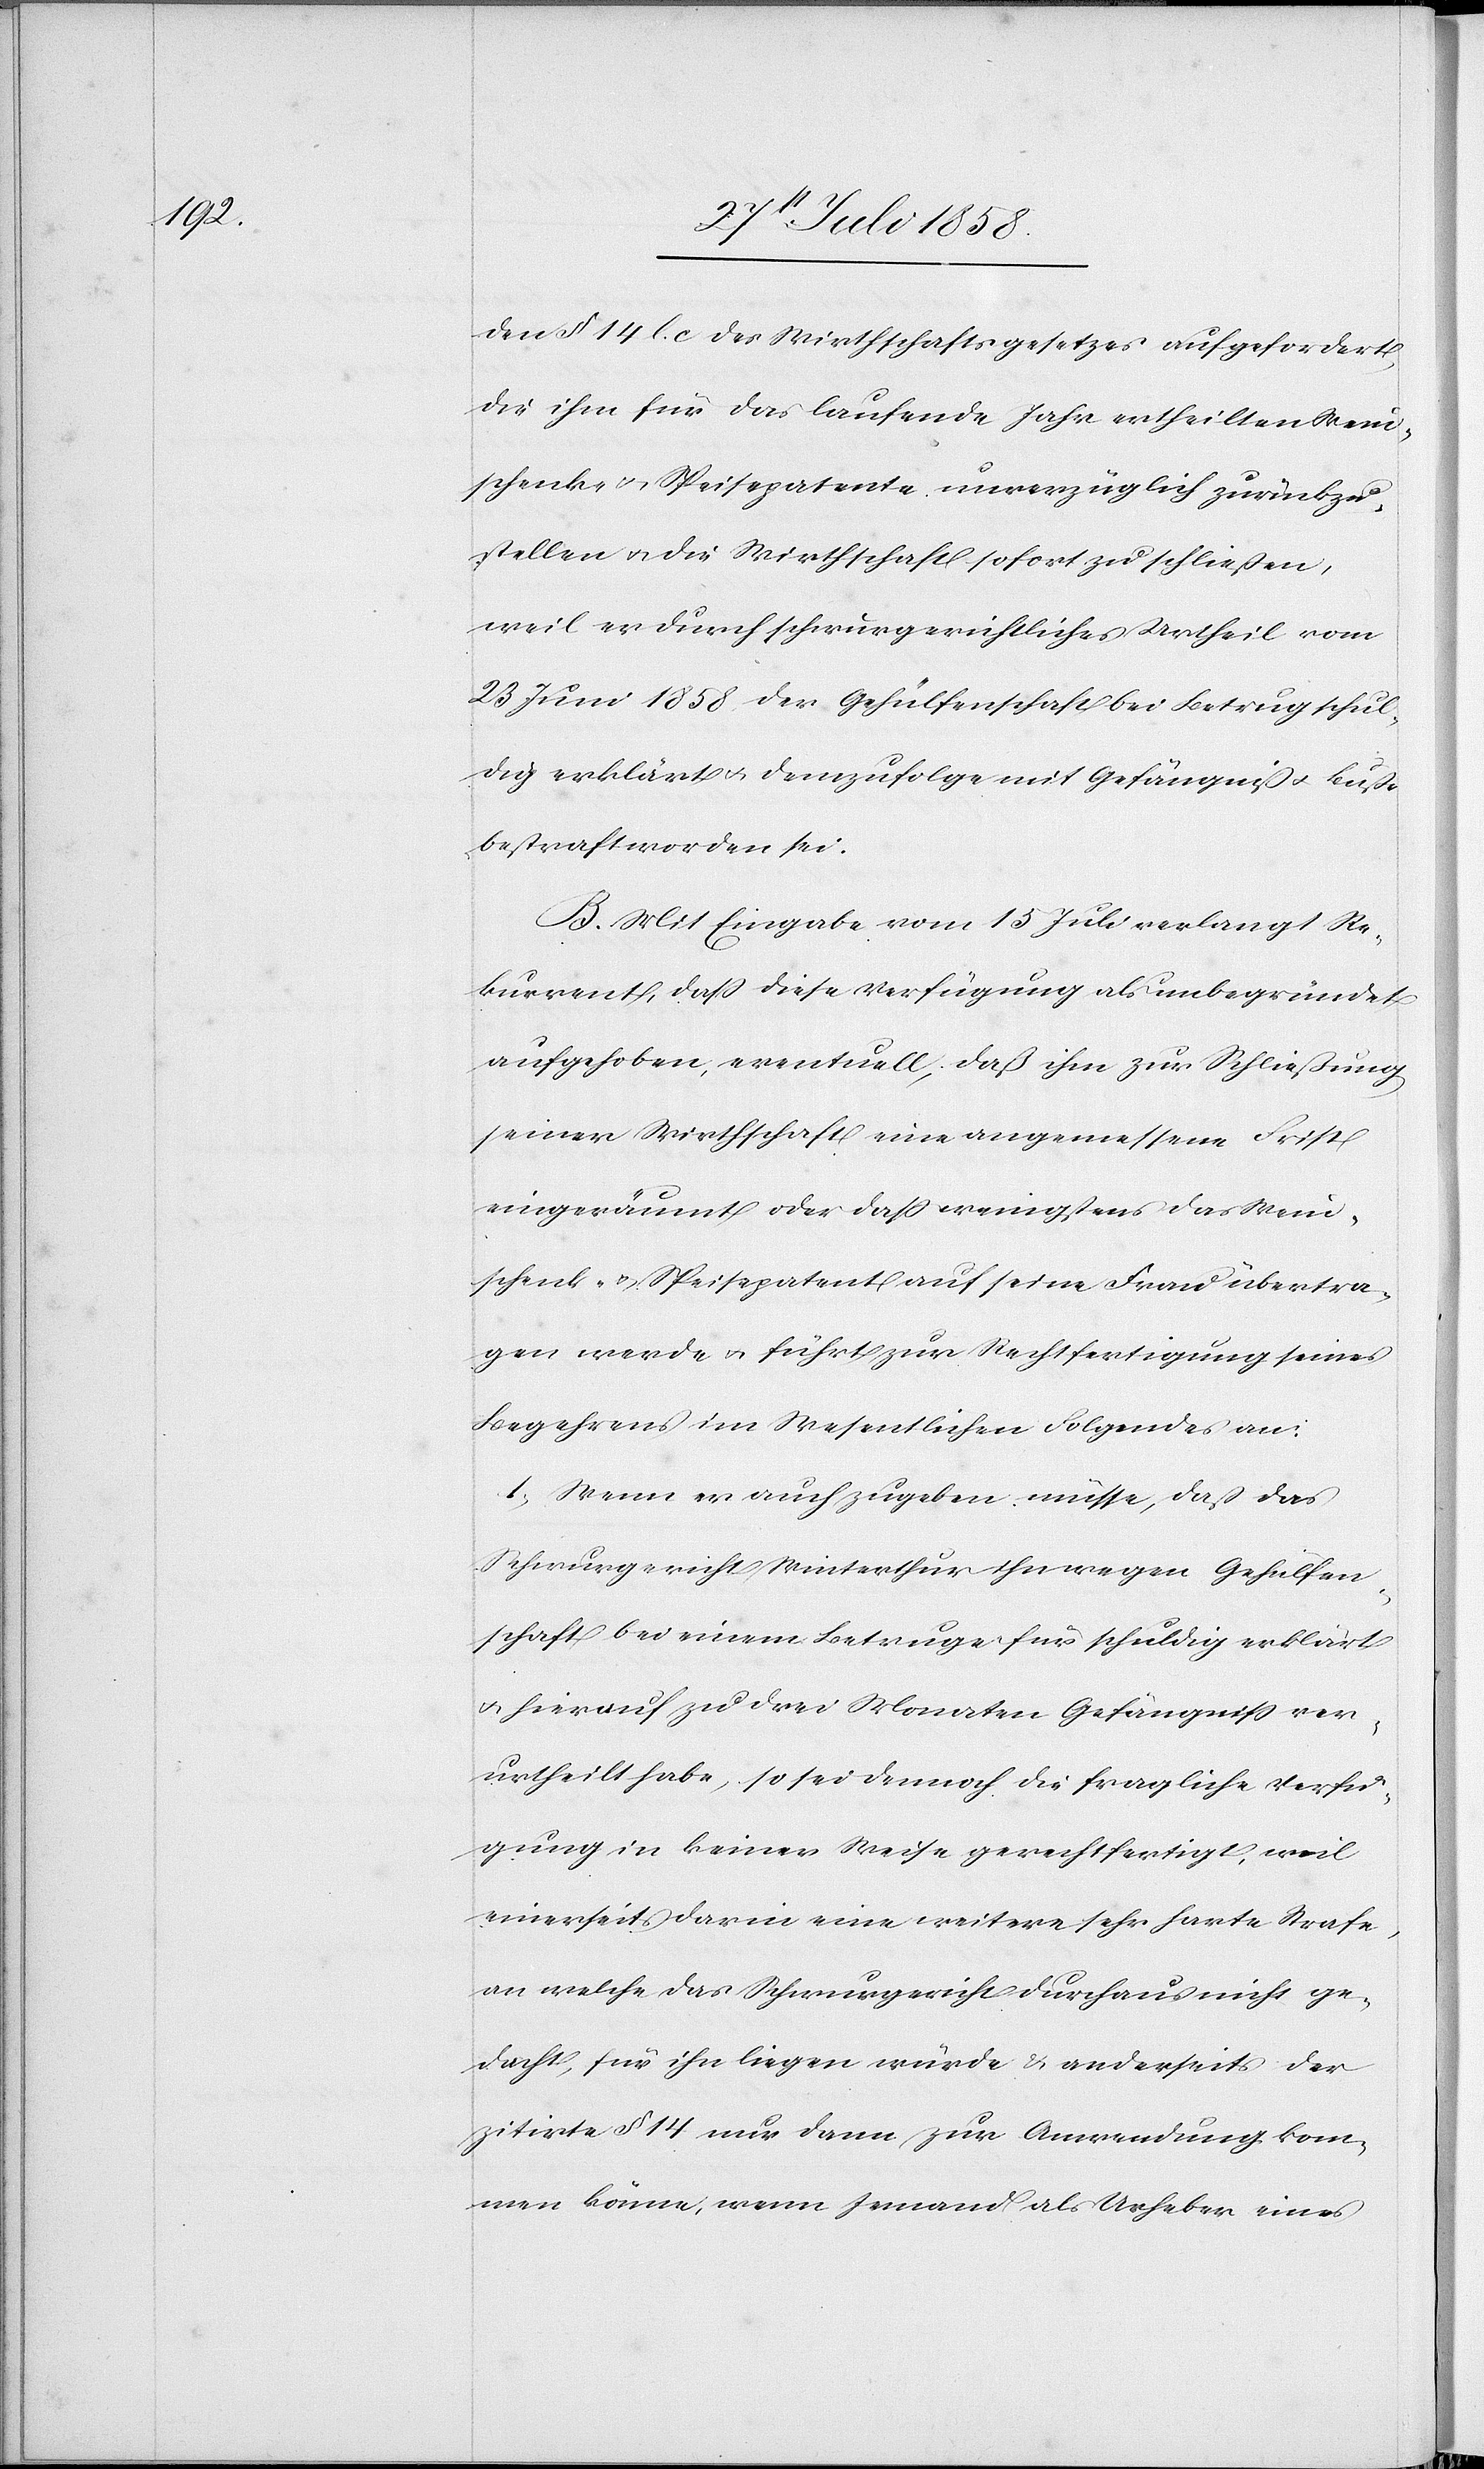
den § 14 l. c des Wirthschaftsgesetzes aufgefordert,
die ihm für das laufende Jahr ertheilten Wein¬
schenk- & Speisepatente unverzüglich zurückzu¬
stellen & die Wirthschaft sofort zu schließen,
weil er durch schwurgerichtliches Urtheil vom
23 Juni 1858 der Gehülfenschaft bei Betrug schul¬
dig erklärt & demzufolge mit Gefängniß & Buße
bestraft worden sei.
B. Mit Eingabe vom 15 Juli verlangt Re¬
kurrent, dass diese Verfügung als unbegründet
aufgehoben, eventuell, daß ihm zur Schließung
seiner Wirthschaft eine angemessene Frist
eingeräumt oder dass wenigstens das Wein¬
schenk- & Speisepatent auf seine Frau übertra¬
gen werde & führt zur Rechtfertigung seines
Begehrens im Wesentlichen Folgendes an:
1) Wenn er auch zugeben müsse, daß das
Schwurgericht Winterthur ihn wegen Gehülfen¬
schaft bei einem Betruge für schuldig erklärt
& hierauf zu drei Monaten Gefängniss ver¬
urtheilt habe, so sei dennoch die fragliche Verfü¬
gung in keiner Weise gerechtfertigt, weil
einerseits darin eine weitere sehr harte Strafe,
an welche das Schwurgericht durchaus nicht ge¬
dacht, für ihn liegen würde & anderseits der
zitirte § 14 nur dann zur Anwendung kom¬
men könne, wenn Jemand als Urheber eines